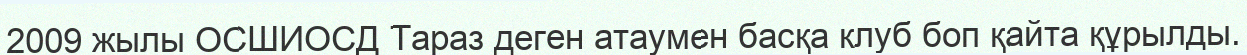
2009 жылы ОСШИОСД Тараз деген атаумен басқа клуб боп қайта құрылды.